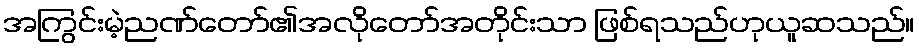
အကြွင်းမဲ့ညဏ်တော်၏အလိုတော်အတိုင်းသာ ဖြစ်ရသည်ဟုယူဆသည်။